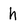
Character: h